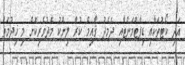
އަދި ކޯޓުތަކާއި ޑިޕާޓްމަންޓާއި ދެމެދު ޤާއިމް ކުރާ ލިންކު މެދުވެރިކޮށް މި ޚިދުމަތް